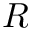
R